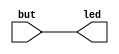
//------------------------------------------------------------------
//-- Hello world example
//-- Control leds by pushing the buttons
//-- This example has been tested on the following boards:
//--   * iCE40-HX1K-EVB Olimex
//------------------------------------------------------------------

module leds(output wire  [1:0] led,
			input wire [1:0] but
	);

assign led[0]=but[0];
assign led[1]=but[1];

endmodule